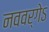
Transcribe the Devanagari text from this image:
नववर्गेऽ